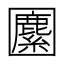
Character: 𡈷